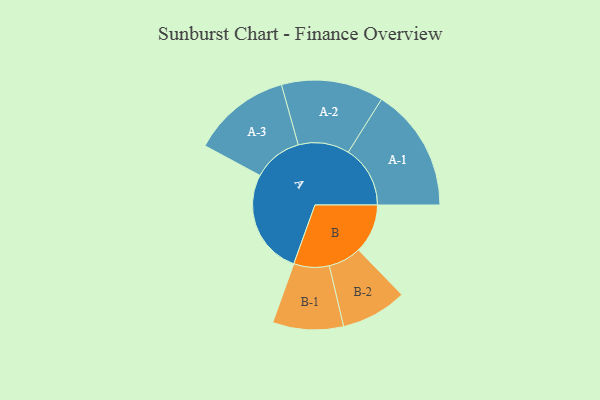
{"axis": {"x": "Segment", "y": "Value"}, "legend": ["", "A", "B"], "data": [{"x": "A", "y": 470, "type": ""}, {"x": "B", "y": 219, "type": ""}, {"x": "A-1", "y": 276, "type": "A"}, {"x": "A-2", "y": 228, "type": "A"}, {"x": "A-3", "y": 220, "type": "A"}, {"x": "B-1", "y": 158, "type": "B"}, {"x": "B-2", "y": 147, "type": "B"}]}